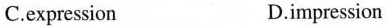
C.expression D.impression